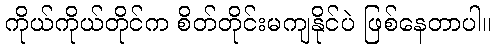
ကိုယ်ကိုယ်တိုင်က စိတ်တိုင်းမကျနိုင်ပဲ ဖြစ်နေတာပါ။